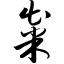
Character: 粜